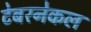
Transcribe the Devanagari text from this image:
टेबरनेकल